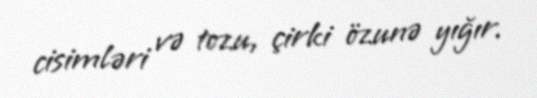
cisimləri və tozu, çirki özunə yığır.